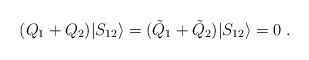
LaTeX: \begin{align*}(Q_{1}+Q_{2})|S_{12}\rangle=(\tilde{Q}_{1}+\tilde{Q}_{2})|S_{12}\rangle=0\;.\end{align*}